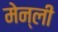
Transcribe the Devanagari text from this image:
मेन्ली